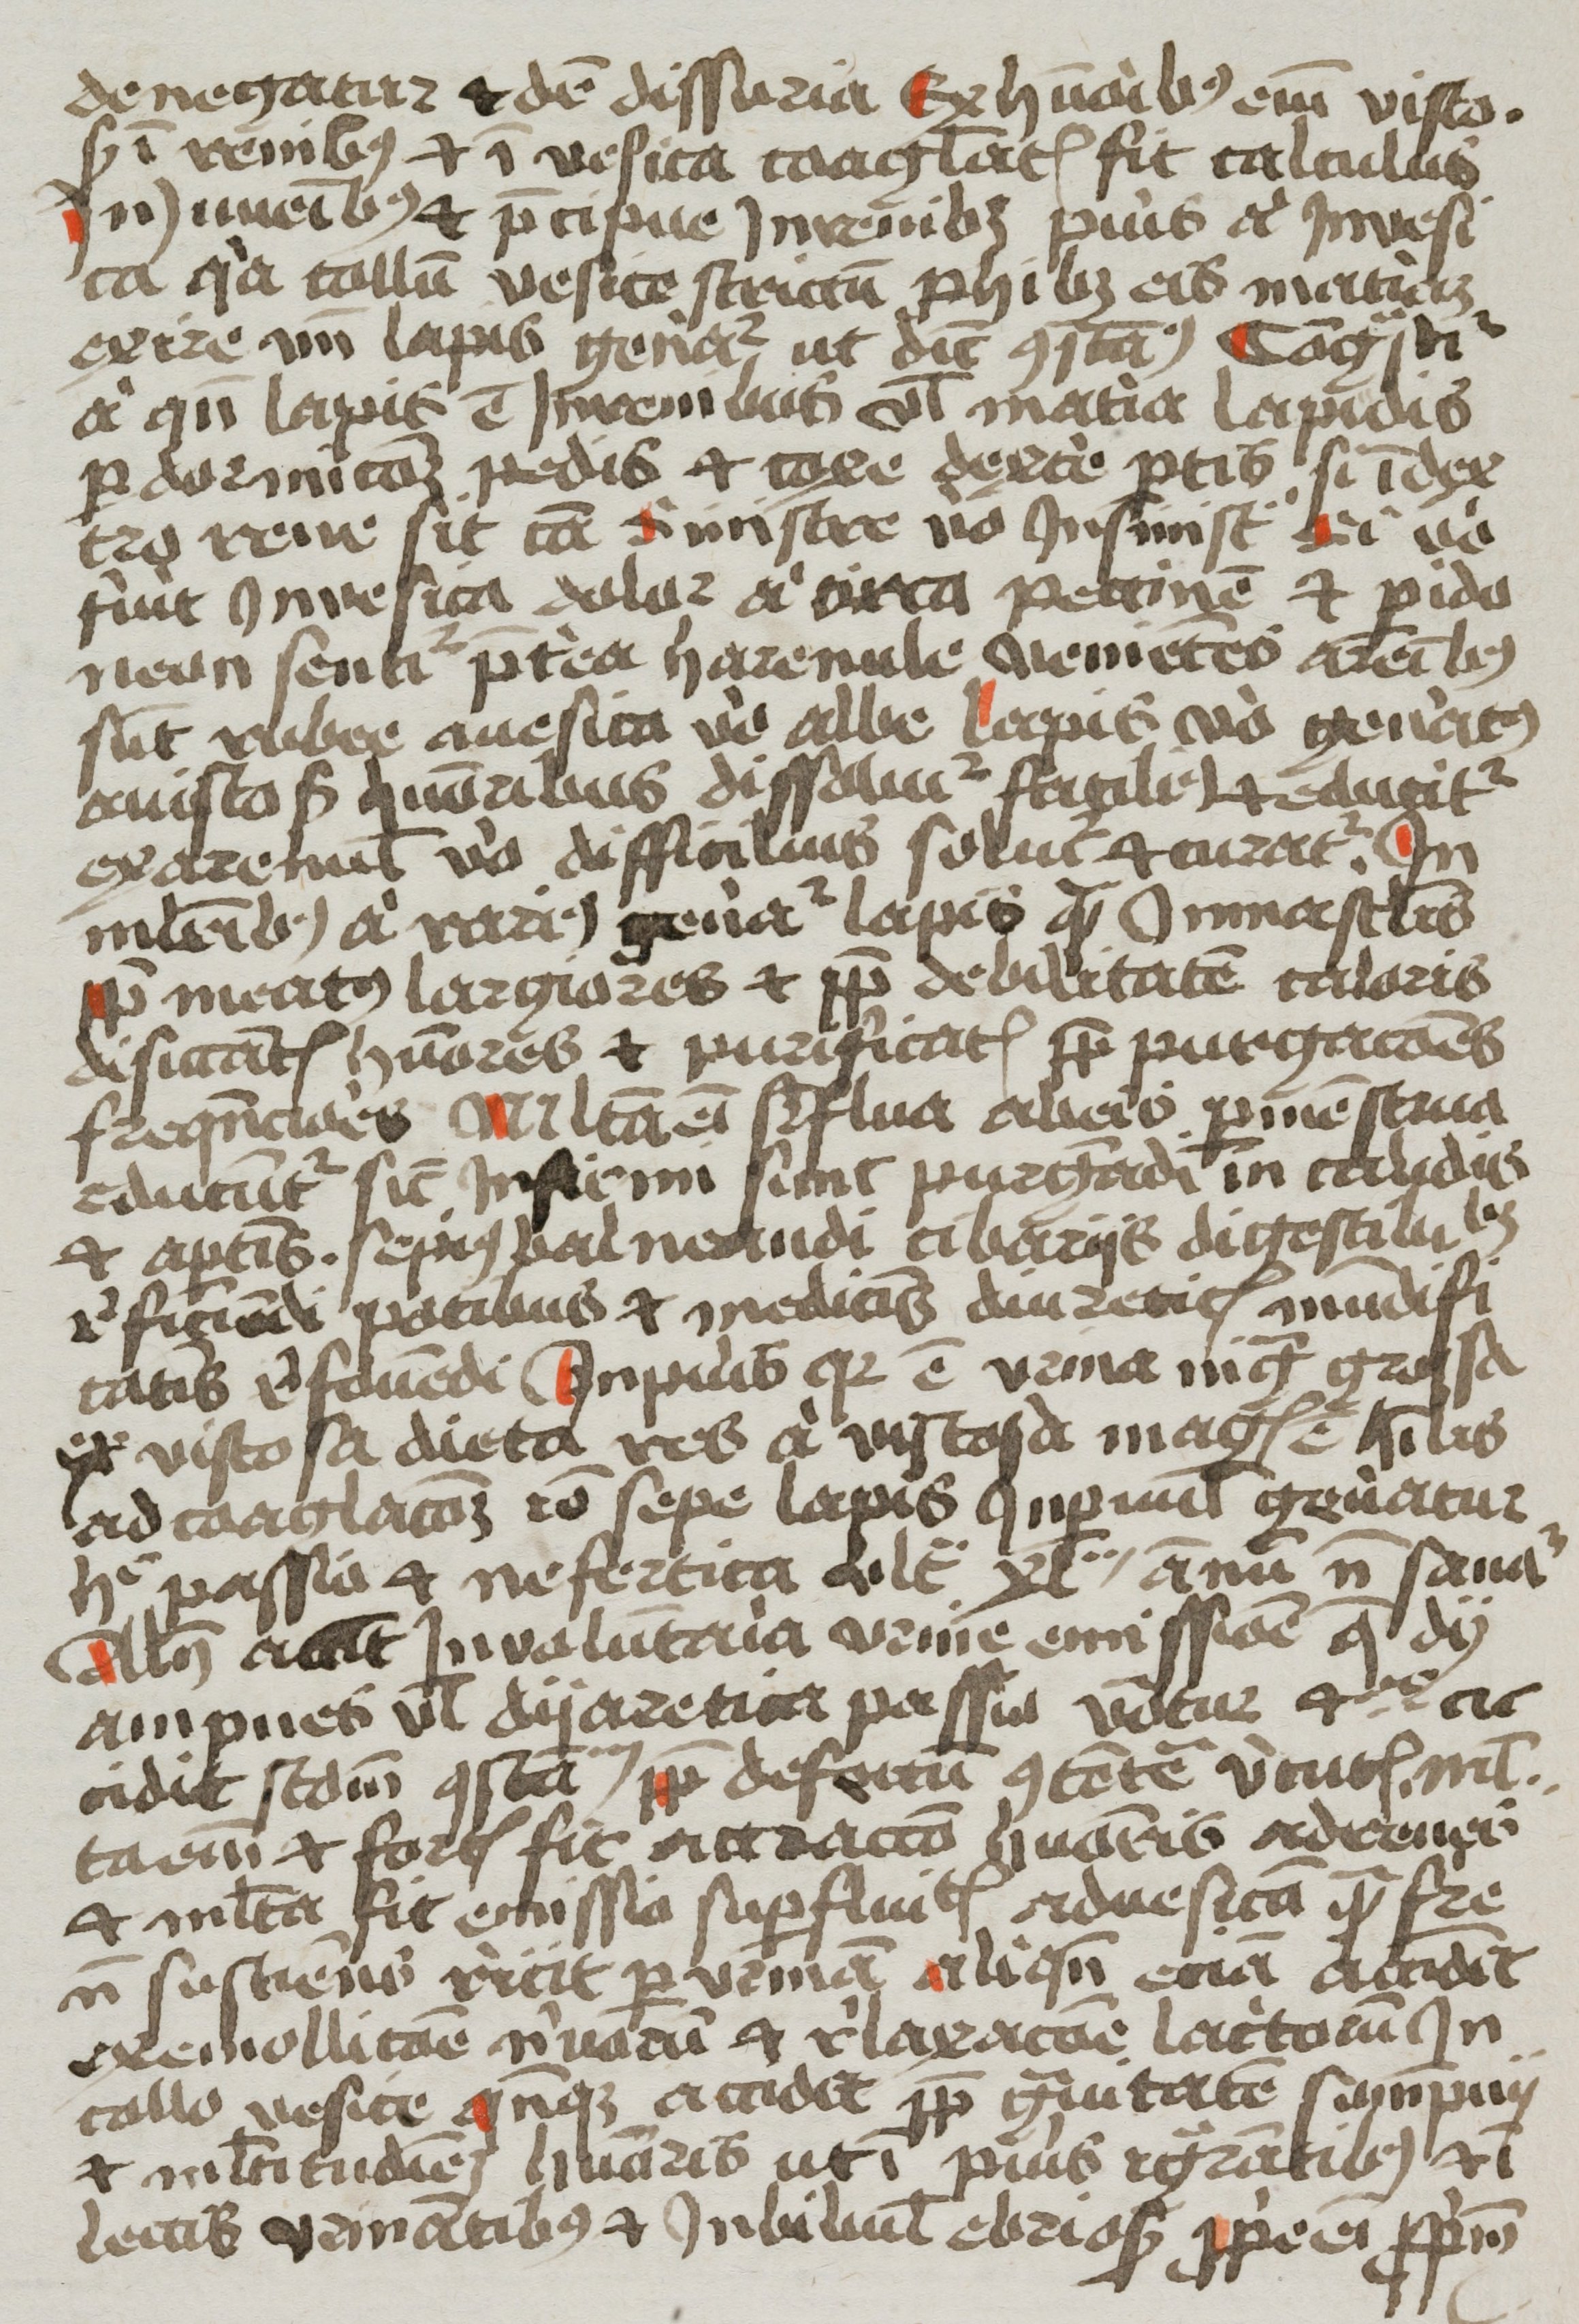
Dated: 1400–1499